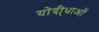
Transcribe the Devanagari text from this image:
योदी्धाओं